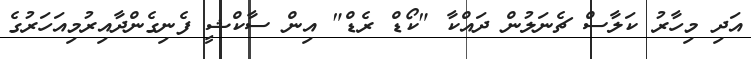
އަދި މިހާރު ކަލާސް ޗެނަލުން ދައްކާ "ކޯޑް ރެޑް" އިން ސާކްޝީ ފެނިގެންދާއިރުމިއަހަރުގެ